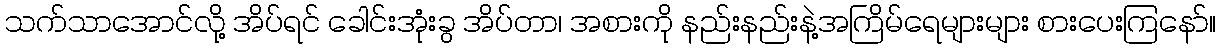
သက်သာအောင်လို့ အိပ်ရင် ခေါင်းအုံးခွ အိပ်တာ၊ အစားကို နည်းနည်းနဲ့အကြိမ်ရေများများ စားပေးကြနော်။